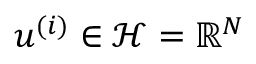
\boldsymbol { u } ^ { ( i ) } \in \mathcal { H } = \mathbb { R } ^ { N }